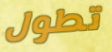
تطول